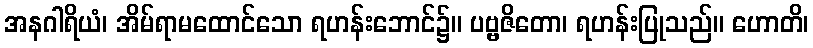
အနဂါရိယံ၊ အိမ်ရာမထောင်သော ရဟန်းဘောင်၌။ ပဗ္ဗဇိတော၊ ရဟန်းပြုသည်။ ဟောတိ၊